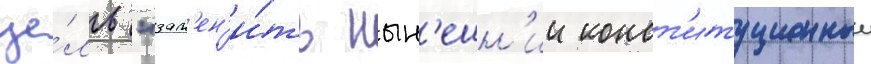
це́ль "зам'ен'и́ть нын'ешн'ии конст'итуционныи